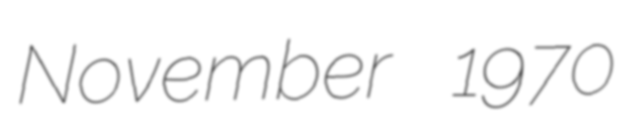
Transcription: November 1970